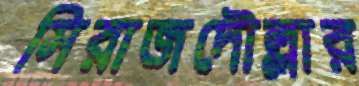
সিরাজদৌল্লার